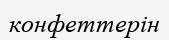
конфеттерін